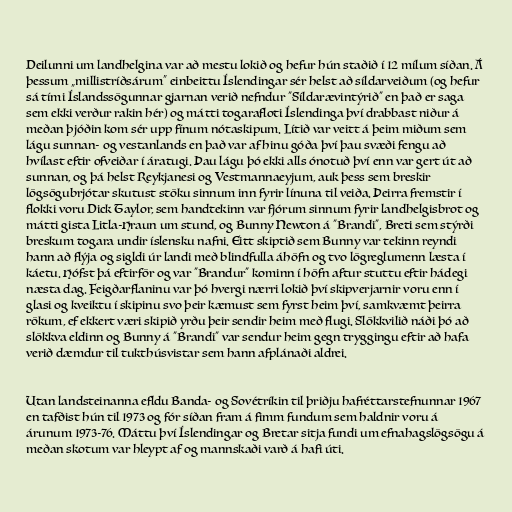
Deilunni um landhelgina var að mestu lokið og hefur hún staðið í 12 mílum síðan. Á
þessum „millistríðsárum“ einbeittu Íslendingar sér helst að síldarveiðum (og hefur
sá tími Íslandssögunnar gjarnan verið nefndur "Síldarævintýrið" en það er saga
sem ekki verður rakin hér) og mátti togarafloti Íslendinga því drabbast niður á
meðan þjóðin kom sér upp fínum nótaskipum. Lítið var veitt á þeim miðum sem
lágu sunnan- og vestanlands en það var af hinu góða því þau svæði fengu að
hvílast eftir ofveiðar í áratugi. Þau lágu þó ekki alls ónotuð því enn var gert út að
sunnan, og þá helst Reykjanesi og Vestmannaeyjum, auk þess sem breskir
lögsögubrjótar skutust stöku sinnum inn fyrir línuna til veiða. Þeirra fremstir í
flokki voru Dick Taylor, sem handtekinn var fjórum sinnum fyrir landhelgisbrot og
mátti gista Litla-Hraun um stund, og Bunny Newton á "Brandi", Breti sem stýrði
breskum togara undir íslensku nafni. Eitt skiptið sem Bunny var tekinn reyndi
hann að flýja og sigldi úr landi með blindfulla áhöfn og tvo lögreglumenn læsta í
káetu. Hófst þá eftirför og var "Brandur" kominn í höfn aftur stuttu eftir hádegi
næsta dag. Feigðarflaninu var þó hvergi nærri lokið því skipverjarnir voru enn í
glasi og kveiktu í skipinu svo þeir kæmust sem fyrst heim því, samkvæmt þeirra
rökum, ef ekkert væri skipið yrðu þeir sendir heim með flugi. Slökkvilið náði þó að
slökkva eldinn og Bunny á "Brandi" var sendur heim gegn tryggingu eftir að hafa
verið dæmdur til tukthúsvistar sem hann afplánaði aldrei.

Utan landsteinanna efldu Banda- og Sovétríkin til þriðju hafréttarstefnunnar 1967
en tafðist hún til 1973 og fór síðan fram á fimm fundum sem haldnir voru á
árunum 1973-76. Máttu því Íslendingar og Bretar sitja fundi um efnahagslögsögu á
meðan skotum var hleypt af og mannskaði varð á hafi úti.